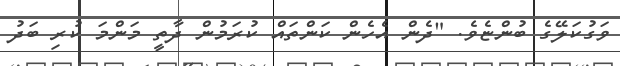
ވަގުކަލޭގެ ބުންޏެވެ. "ދެން އެހެން ކަންތައް ކުރަމުން ދާތީ މަންމަ ކުރި ބަދު